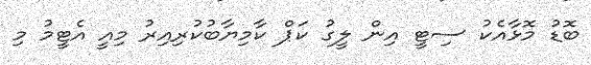
ބޮޑު މޮޅާއެކު ސިޓީ އިން ލީގު ކަޕް ކާމިޔާބުކުރިއިރު މިއީ އެޓީމު މި